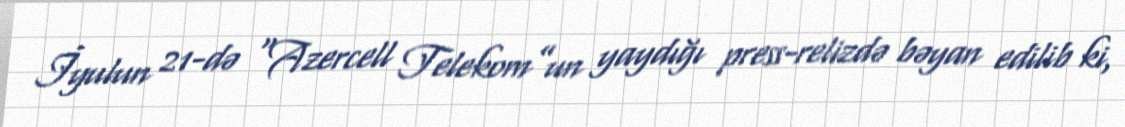
İyulun 21-də “Azercell Telekom”un yaydığı press-relizdə bəyan edilib ki,